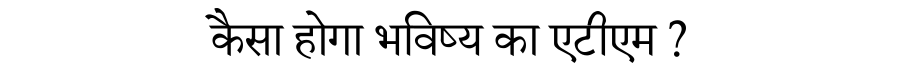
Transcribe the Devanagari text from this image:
कैसा होगा भविष्य का एटीएम ?